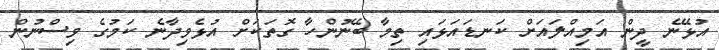
އުޅޭނެ ދީން އަމިއްލައަށް ކަނޑައަޅައި ތިމާ ބޭނުންހާ ގޮތަކަށް އުޅެވިދާނެ ކަމުގެ ވިސްނުން